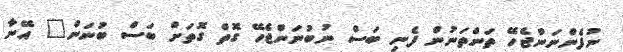
ނުފެންނަންޖެހޭ ތަންތަނުން ފެނި ބަސް ނުބުނަންޖެހޭ ގޮތް ގޮތަށް ބަސް ބުނަން" އޭނާ